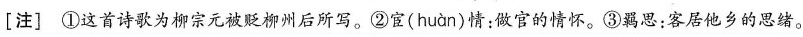
[注]①这首诗歌为柳宗元被贬柳州后所写。②宦( huan )情：做官的情怀。③羁思：客居他乡的思绪。